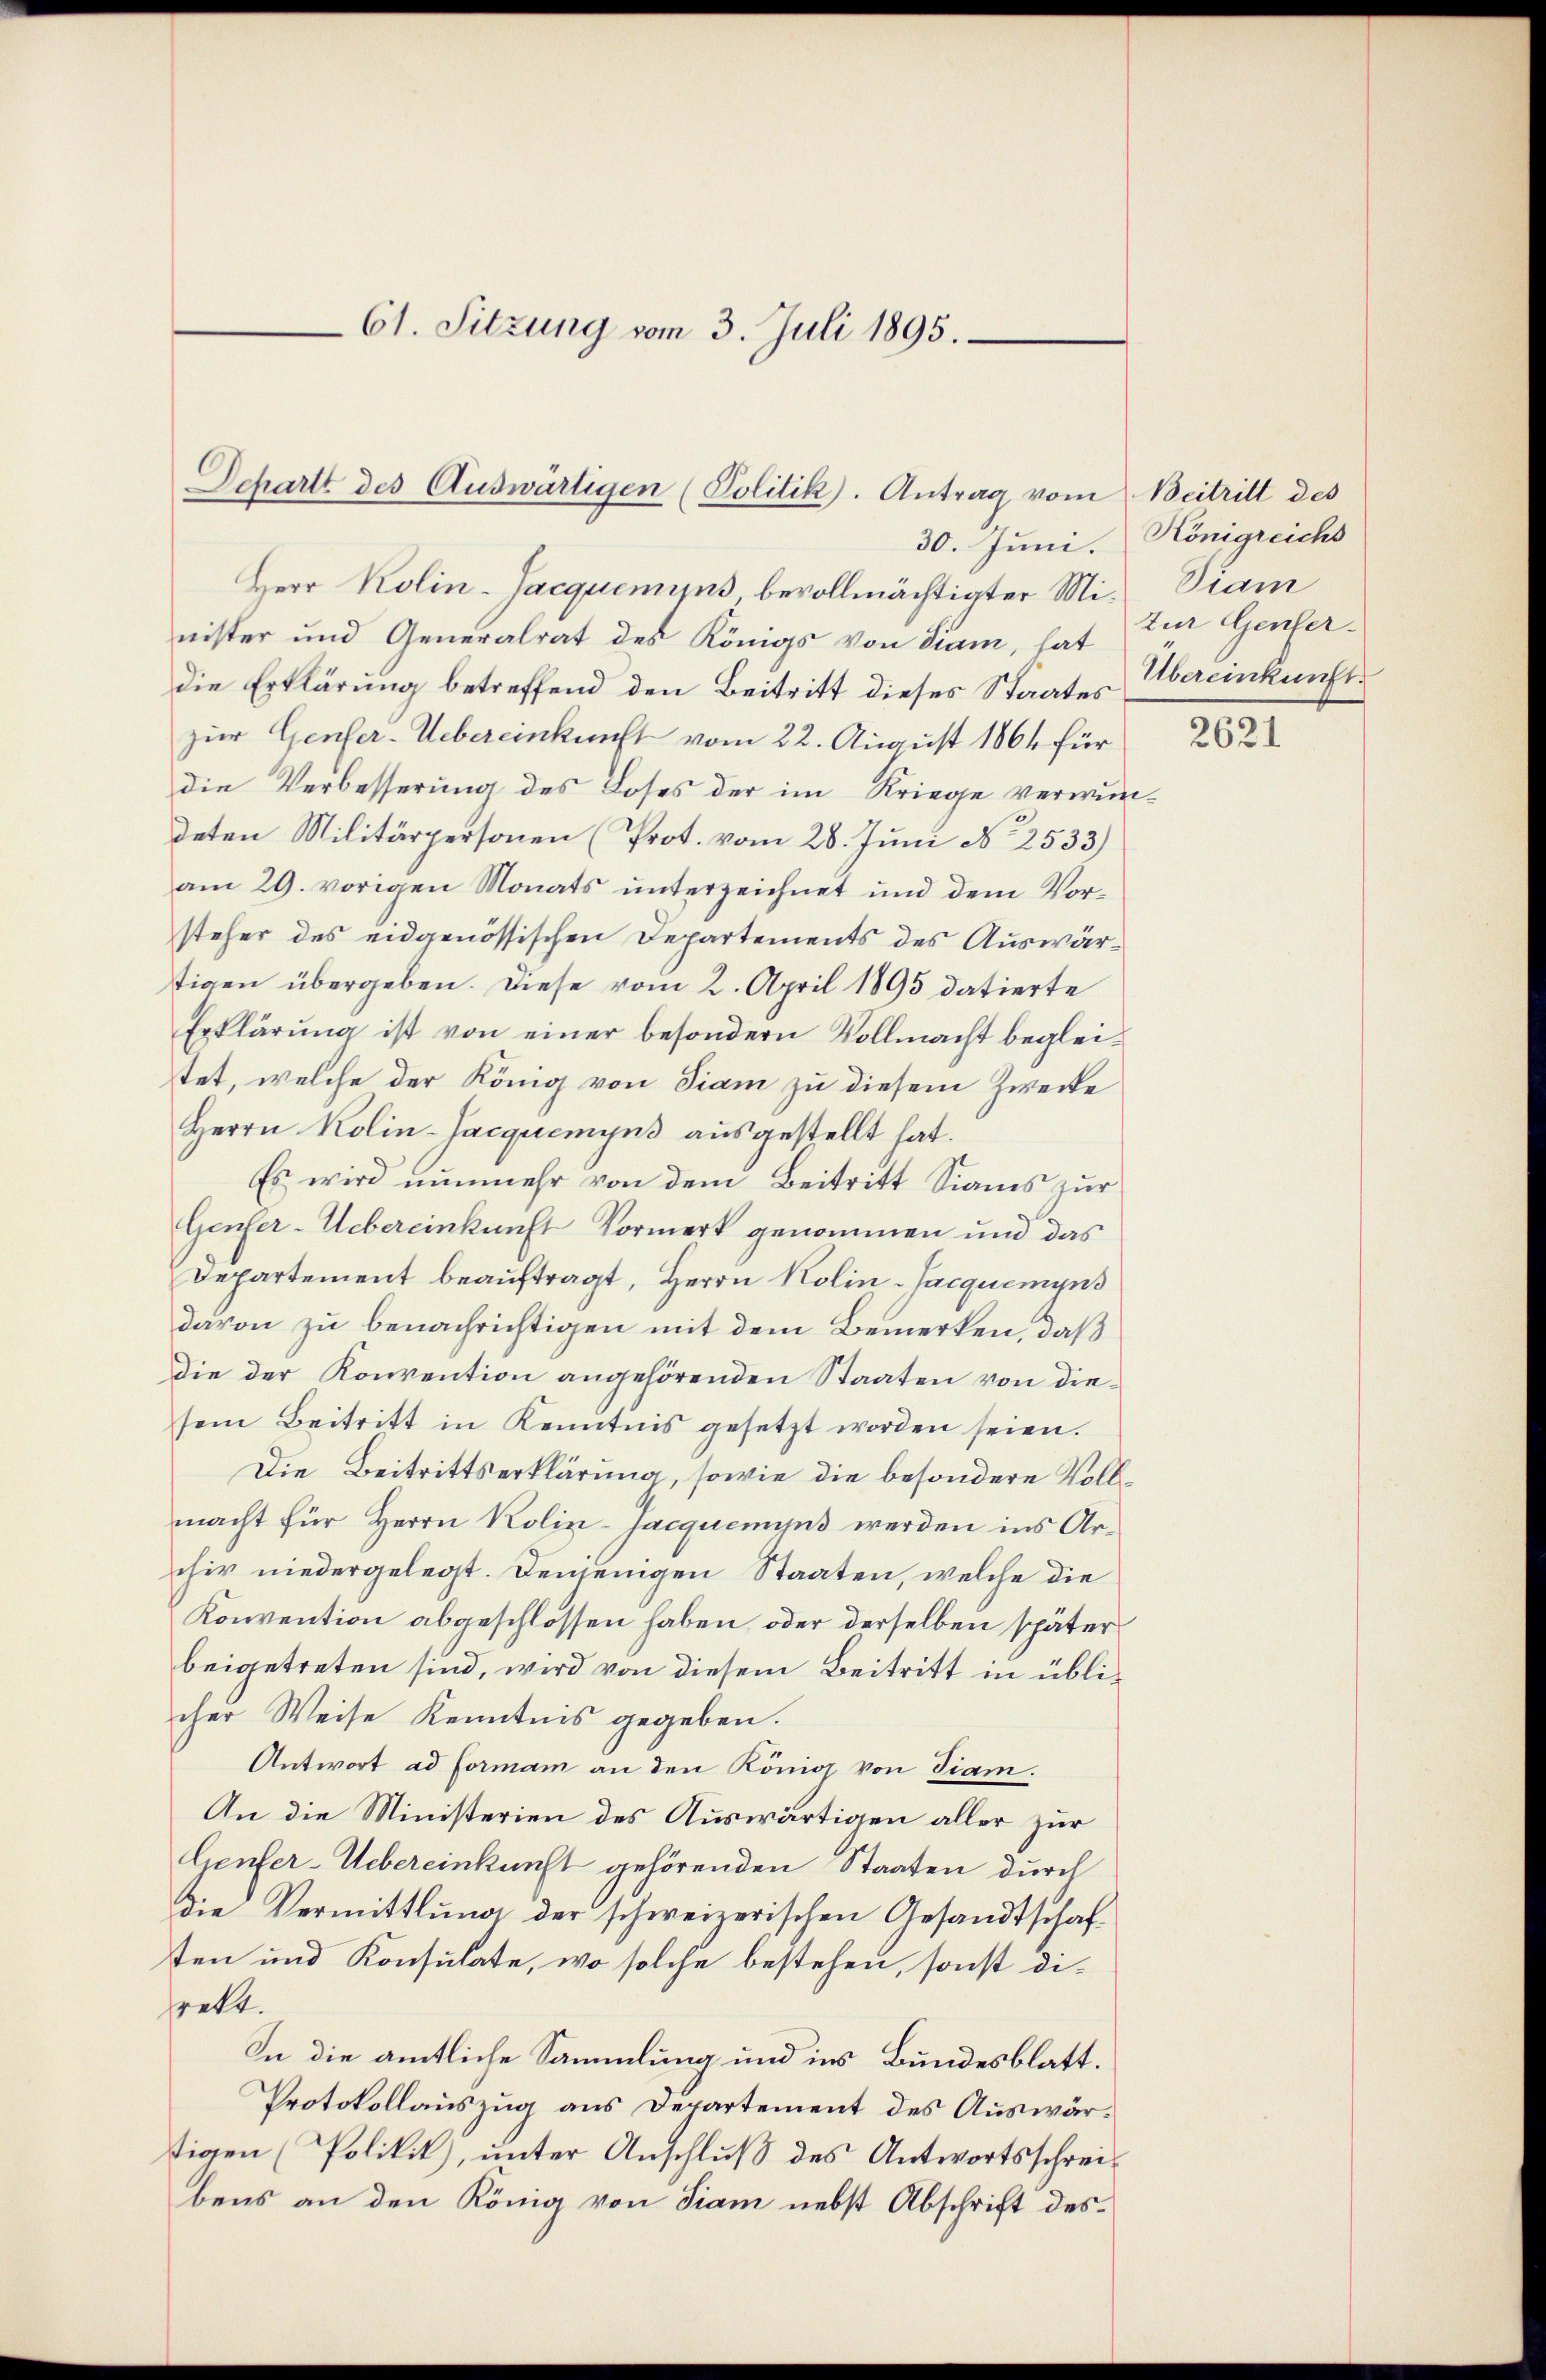
61. Sitzung vom 3. Juli 1895.

Schartt des Auswärtigen (Politik). Antrag vom

30. Juni.
Herr Kolin-Jacquemyns bevollmächtigter Minister und Generalrat des Königs von diam, hat zur Genferdie Erklärung betreffend den Beitritt dieses Staates
zur Genfer-Uebereinkunft vom 22. August 1864 für
die Verbesserung des Loses der im Kriege verwundeten Militärpersonen (Prot. vom 28. Juni No 2533)
am 29. vorigen Monats ŭnterzeichnet und dem Vor-
steher des eidgenössischen Departements des Auswärtigen übergeben. Diese vom 2. April 1895 datierte
Erklärung ist von einer besondern Vollmacht begleitet, welche der König von diam zu diesem Zwecke
Herrn Kolin-Jacquemyns ausgestellt hat.
Es wird nunmehr von dem Beitritt Sianis zur
Genfer-Uebereinkunft Vormerk genommen und das
Departement beauftragt, Herrn Kolin-Jacquemyns
davon zu benachrichtigen mit dem Bemerken, daß
Die der Konvention angehörenden Staaten von diesem Beitritt in Kenntnis gesetzt worden seien.
Die Beitrittserklärung, sowie die besondere Vollmacht für Herrn Kolin-Jacquement werden ins Archir niedergelegt. Denjenigen Staaten, welche die
Konvention abgeschlossen haben, oder derselben später
beigetreten sind, wird von diesem Beitritt in üblicher Weise Kenntnis gegeben.
Antwort ad forman an den König von Tiam.
An die Ministerien des Auswärtigen aller zur
Genfer-Uebereinkunft gehörenden Staaten durch
die Vermittlung der schweizerischen Gesandtschafsten und Konsulate, wo solche bestehen, sonst dihrekt.
In die amtliche Sammlung und ins Bundesblatt.
Protokollauszug aus Departement des Auswärtigen (Politik), unter Anschluß des Antwortsschreibens an den König von Fiam nebst Abschrift des¬

Beitritt des
Königreichs
Diam
Übereinkunft.

2621